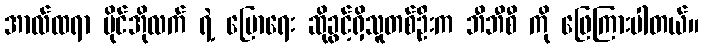
အာလ်ထရာ ဗိုင်အိုလက် ရဲ့ ပြောရေး ဆိုခွင့်ရှိသူတစ်ဦးက ဘီဘီစီ ကို ဖြေကြားပါတယ်။